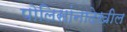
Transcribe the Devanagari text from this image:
पोलिसांनादेखील